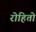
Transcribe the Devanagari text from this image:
रोहितो